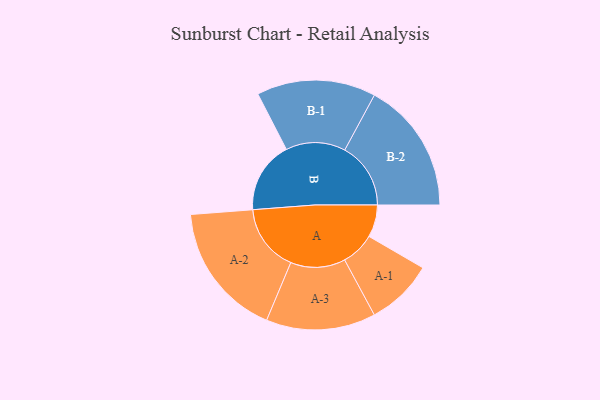
{"axis": {"x": "Segment", "y": "Value"}, "legend": ["", "A", "B"], "data": [{"x": "A", "y": 121, "type": ""}, {"x": "B", "y": 269, "type": ""}, {"x": "A-1", "y": 126, "type": "A"}, {"x": "A-2", "y": 252, "type": "A"}, {"x": "A-3", "y": 205, "type": "A"}, {"x": "B-1", "y": 223, "type": "B"}, {"x": "B-2", "y": 247, "type": "B"}]}